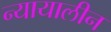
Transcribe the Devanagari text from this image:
न्यायालीन